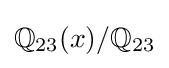
\mathbb {Q} _{23}(x)/\mathbb {Q} _{23}